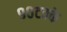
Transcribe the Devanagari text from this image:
९०टक्के